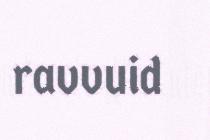
ravvuid